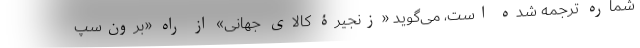
شماره ترجمه شده است، می‌گوید «زنجیرۀ کالای جهانی» از راه «برون‌سپ